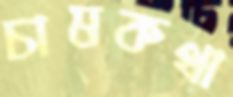
চাষকথা